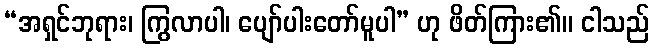
“အရှင်ဘုရား၊ ကြွလာပါ၊ ပျော်ပါးတော်မူပါ” ဟု ဖိတ်ကြား၏။ ငါသည်